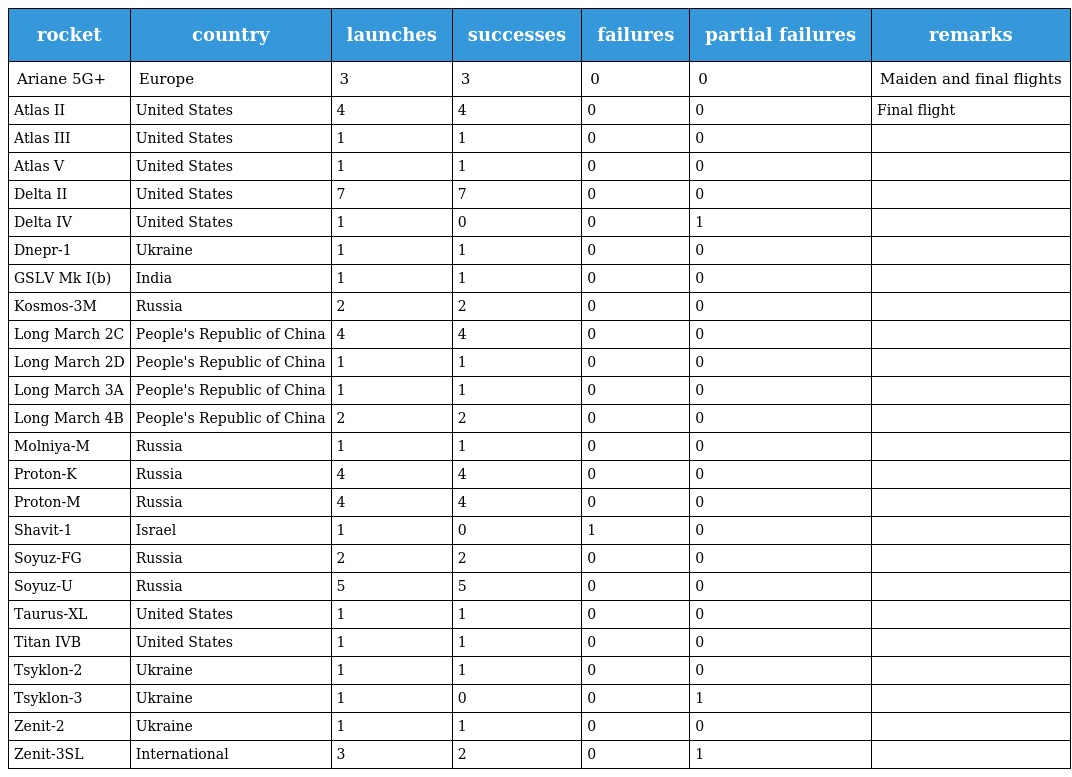
| rocket | country | launches | successes | failures | partial failures | remarks |
 | --- | --- | --- | --- | --- | --- | --- |
 | Ariane 5G+ | Europe | 3 | 3 | 0 | 0 | Maiden and final flights |
 | Atlas II | United States | 4 | 4 | 0 | 0 | Final flight |
 | Atlas III | United States | 1 | 1 | 0 | 0 |  |
 | Atlas V | United States | 1 | 1 | 0 | 0 |  |
 | Delta II | United States | 7 | 7 | 0 | 0 |  |
 | Delta IV | United States | 1 | 0 | 0 | 1 |  |
 | Dnepr-1 | Ukraine | 1 | 1 | 0 | 0 |  |
 | GSLV Mk I(b) | India | 1 | 1 | 0 | 0 |  |
 | Kosmos-3M | Russia | 2 | 2 | 0 | 0 |  |
 | Long March 2C | People's Republic of China | 4 | 4 | 0 | 0 |  |
 | Long March 2D | People's Republic of China | 1 | 1 | 0 | 0 |  |
 | Long March 3A | People's Republic of China | 1 | 1 | 0 | 0 |  |
 | Long March 4B | People's Republic of China | 2 | 2 | 0 | 0 |  |
 | Molniya-M | Russia | 1 | 1 | 0 | 0 |  |
 | Proton-K | Russia | 4 | 4 | 0 | 0 |  |
 | Proton-M | Russia | 4 | 4 | 0 | 0 |  |
 | Shavit-1 | Israel | 1 | 0 | 1 | 0 |  |
 | Soyuz-FG | Russia | 2 | 2 | 0 | 0 |  |
 | Soyuz-U | Russia | 5 | 5 | 0 | 0 |  |
 | Taurus-XL | United States | 1 | 1 | 0 | 0 |  |
 | Titan IVB | United States | 1 | 1 | 0 | 0 |  |
 | Tsyklon-2 | Ukraine | 1 | 1 | 0 | 0 |  |
 | Tsyklon-3 | Ukraine | 1 | 0 | 0 | 1 |  |
 | Zenit-2 | Ukraine | 1 | 1 | 0 | 0 |  |
 | Zenit-3SL | International | 3 | 2 | 0 | 1 |  |